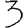
Digit: 3